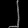
Digit: ၂